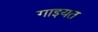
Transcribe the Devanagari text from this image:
गाइयत